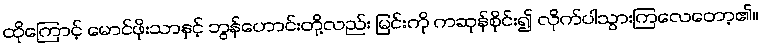
ထိုကြောင့် မောင်ဖိုးသာနှင့် ဘွန်ဟောင်းတို့လည်း မြင်းကို ကဆုန်စိုင်း၍ လိုက်ပါသွားကြလေတော့၏။